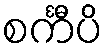
စင်္ကီပိ